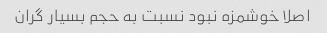
اصلا خوشمزه نبود نسبت به حجم بسیار گران